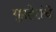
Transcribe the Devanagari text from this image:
गुप्तहेरांचे